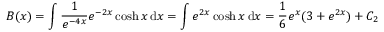
B ( x ) = \int { \frac { 1 } { e ^ { - 4 x } } } e ^ { - 2 x } \cosh x \, \mathrm { d } x = \int e ^ { 2 x } \cosh x \, \mathrm { d } x = { \frac { 1 } { 6 } } e ^ { x } ( 3 + e ^ { 2 x } ) + C _ { 2 }